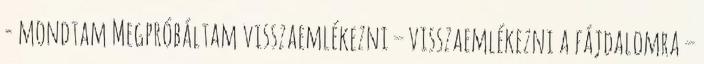
- mondtam Megpróbáltam visszaemlékezni – visszaemlékezni a fájdalomra –